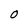
Character: O